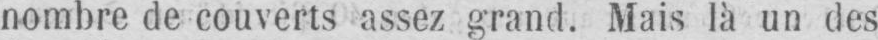
nombre de couverts assez grand. Mais là un des